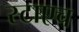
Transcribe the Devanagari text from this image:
स्टाएच